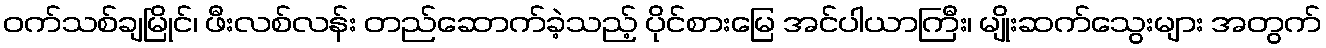
ဝက်သစ်ချမြိုင်၊ ဖီးလစ်လန်း တည်ဆောက်ခဲ့သည့် ပိုင်စားမြေ အင်ပါယာကြီး၊ မျိုးဆက်သွေးများ အတွက်